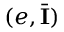
( e , \bar { { \mathbf { I } } } )